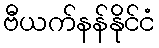
ဗီယက်နန်နိုင်ငံ